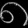
Digit: ၈